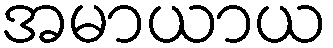
အမာယာယ